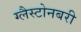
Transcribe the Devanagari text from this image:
ग्लैस्टोनबरी